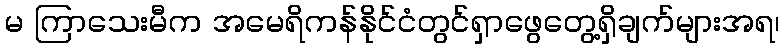
မ ကြာသေးမီက အမေရိကန်နိုင်ငံတွင်ရှာဖွေတွေ့ရှိချက်များအရ၊